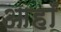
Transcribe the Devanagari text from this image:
आहाँ